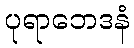
ပုရာဘေဒနံ